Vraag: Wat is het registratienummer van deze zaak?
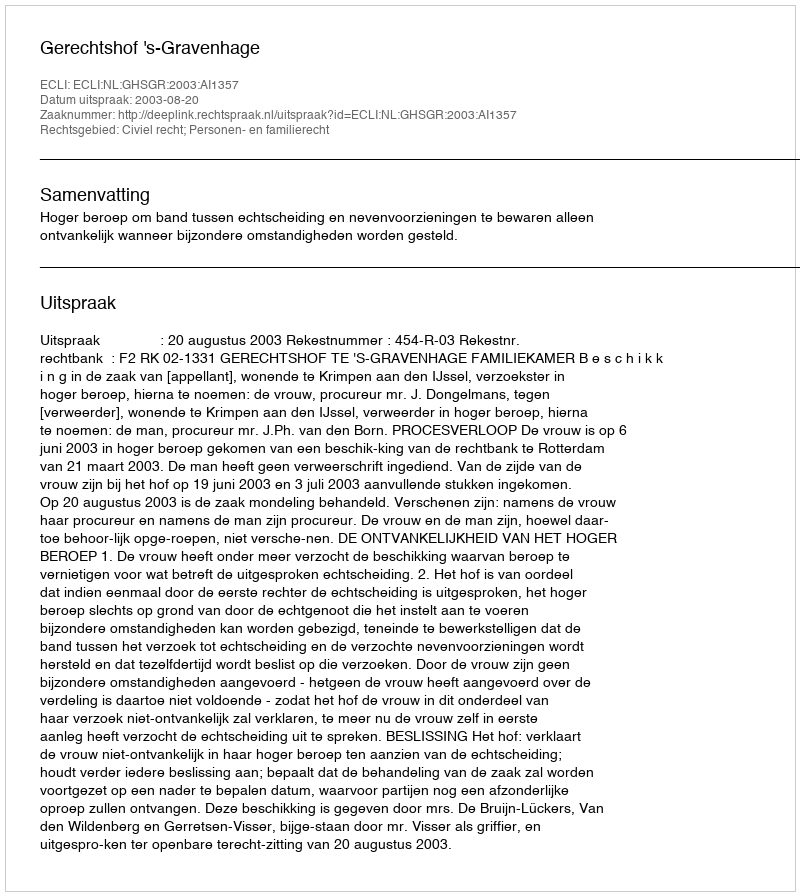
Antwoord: http://deeplink.rechtspraak.nl/uitspraak?id=ECLI:NL:GHSGR:2003:AI1357